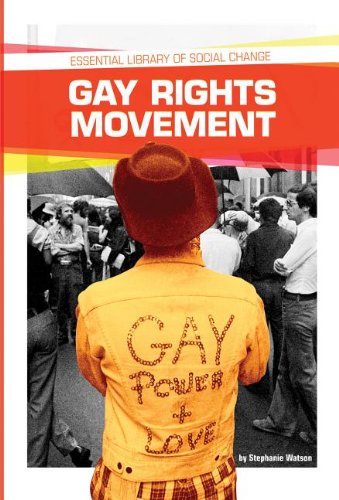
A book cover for Gay Rights Movement (Essential Library of Social Change); Stephanie Watson; Teen & Young Adult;